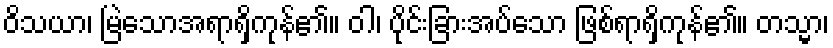
ဝိသယာ၊ မြဲသောအရာရှိကုန်၏။ ဝါ၊ ပိုင်းခြားအပ်သော ဖြစ်ရာရှိကုန်၏။ တသ္မာ၊